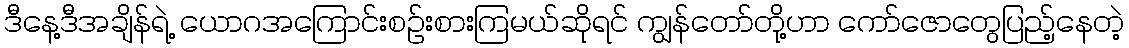
ဒီနေ့ဒီအချိန်ရဲ့ ယောဂအကြောင်းစဉ်းစားကြမယ်ဆိုရင် ကျွန်တော်တို့ဟာ ကော်ဇောတွေပြည့်နေတဲ့